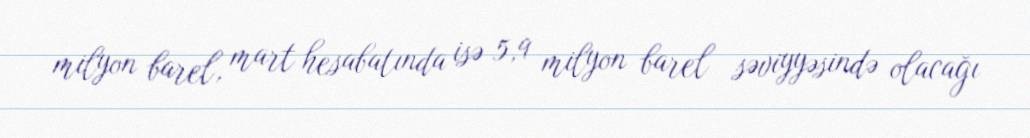
milyon barel, mart hesabatında isə 5,9 milyon barel səviyyəsində olacağı